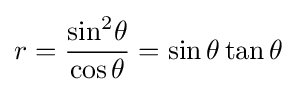
r={\frac {\sin ^{2}\!\theta }{\cos \theta }}=\sin \theta \tan \theta